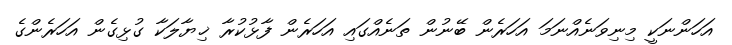
އަހަންނަކީ މިނިވަނެއްނަމަ އަހަރެން ބޭނުން ތަނެއްގައި އަހަރެން ފާޅުކުރާ ޚިޔާލަކާ ގުޅިގެން އަހަރެންގެ